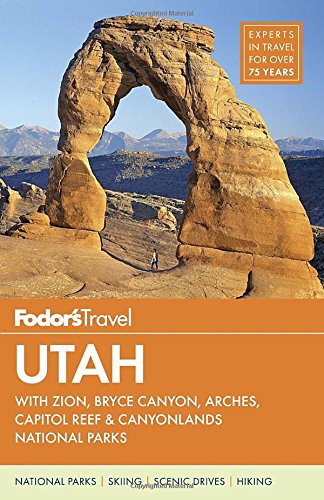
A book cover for Fodor's Utah: with Zion, Bryce Canyon, Arches, Capitol Reef & Canyonlands National Parks (Travel Guide); Fodor's; Travel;